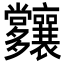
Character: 𡗑